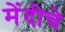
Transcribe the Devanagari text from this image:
मेंदीचे